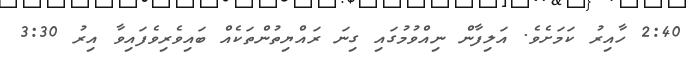
2:40 ހާއިރު ކަމަށެވެ. އަލިފާން ނިއްވުމުގައި ގިނަ ރައްޔިތުންތަކެއް ބައިވެރިވެފައިވާ އިރު 3:30